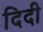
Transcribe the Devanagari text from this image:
दिदी